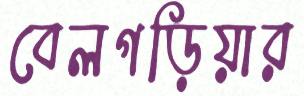
বেলগড়িয়ার